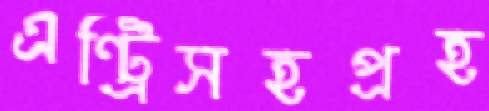
এন্ট্রিসহপ্রহ